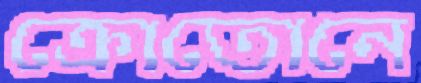
ক্রোতোনে